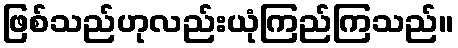
ဖြစ်သည်ဟုလည်းယုံကြည်ကြသည်။